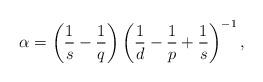
LaTeX: \begin{align*}\alpha = \left( \frac{1}{s} - \frac{1}{q}\right) \left(\frac{1}{d} -\frac{1}{p} + \frac{1}{s}\right)^{-1},\end{align*}